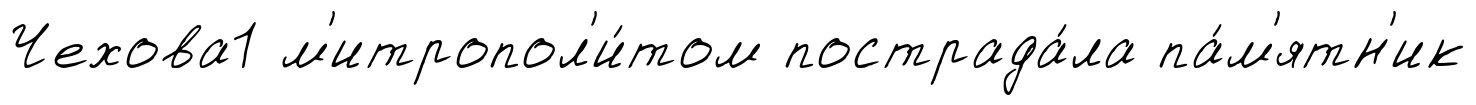
Чехова1 м'итропол'и́том пострада́ла па́м'ятн'ик